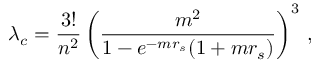
\lambda _ { c } = \frac { 3 ! } { n ^ { 2 } } \left( \frac { m ^ { 2 } } { 1 - e ^ { - m r _ { s } } ( 1 + m r _ { s } ) } \right) ^ { 3 } \, ,